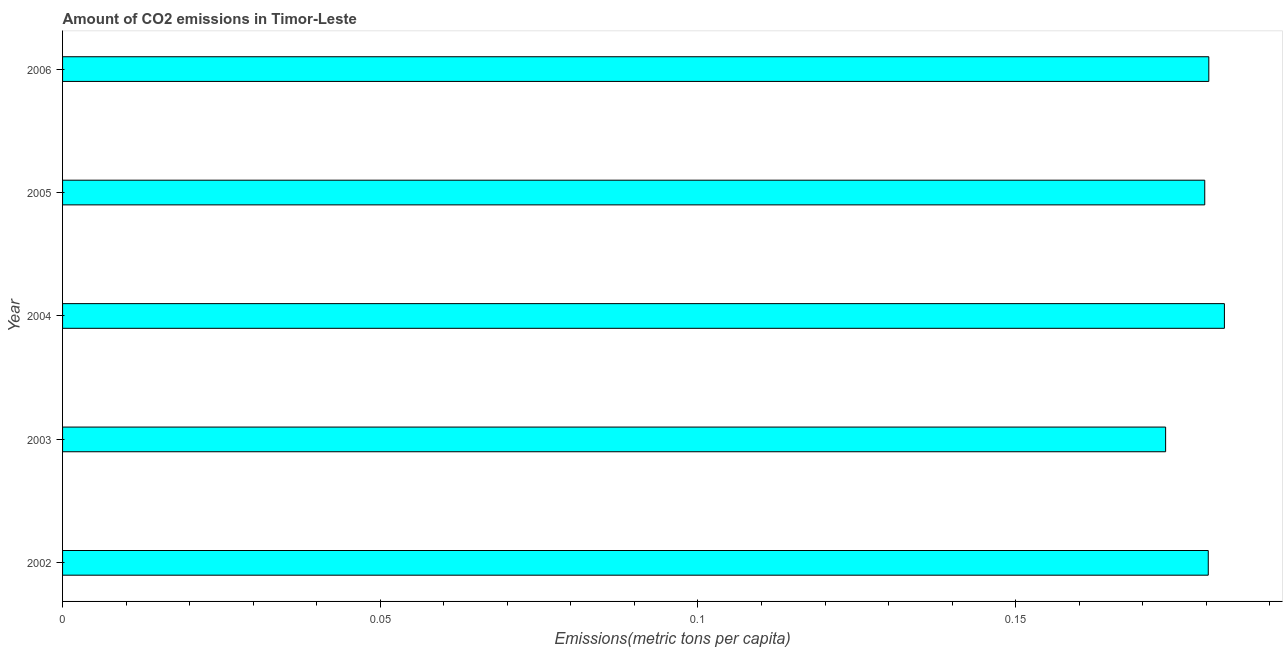
| Year | CO2 emissions |
 | --- | --- |
 | 2002 | 0.18 |
 | 2003 | 0.174 |
 | 2004 | 0.183 |
 | 2005 | 0.18 |
 | 2006 | 0.18 |